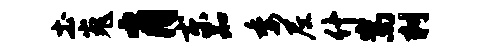
土嵬肖东知委尼什嵩刺